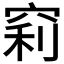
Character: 𥦉